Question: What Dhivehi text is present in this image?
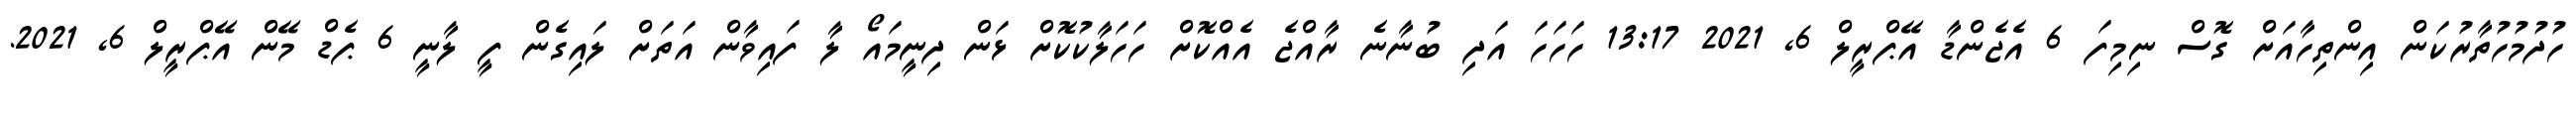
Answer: ހުދުމުހުތާރުކަން އިންތިހާއަށް ގޮސް ނިމިފަ 6 އެޖެންޑާ އޭޕްރީލް 6, 2021 13:17 ހަހަހަ އަދި ބުނާނެ ރާއްޖެ އެއްކޮށް ހަހަލާކުކޮށް ޅަން ދިނީމައޯ ލާ ފައިވާން އަތަށް ލައިގެން ފީ ލާނީ 6 ޕެޑް މޭން އޭޕްރީލް 6, 2021.